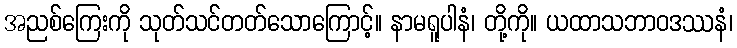
အညစ်ကြေးကို သုတ်သင်တတ်သောကြောင့်။ နာမရူပါနံ၊ တို့ကို။ ယထာသဘာဝဒဿနံ၊